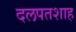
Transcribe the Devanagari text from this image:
दलपतशाह